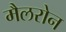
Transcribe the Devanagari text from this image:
मैलरोन